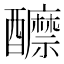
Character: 𨣽